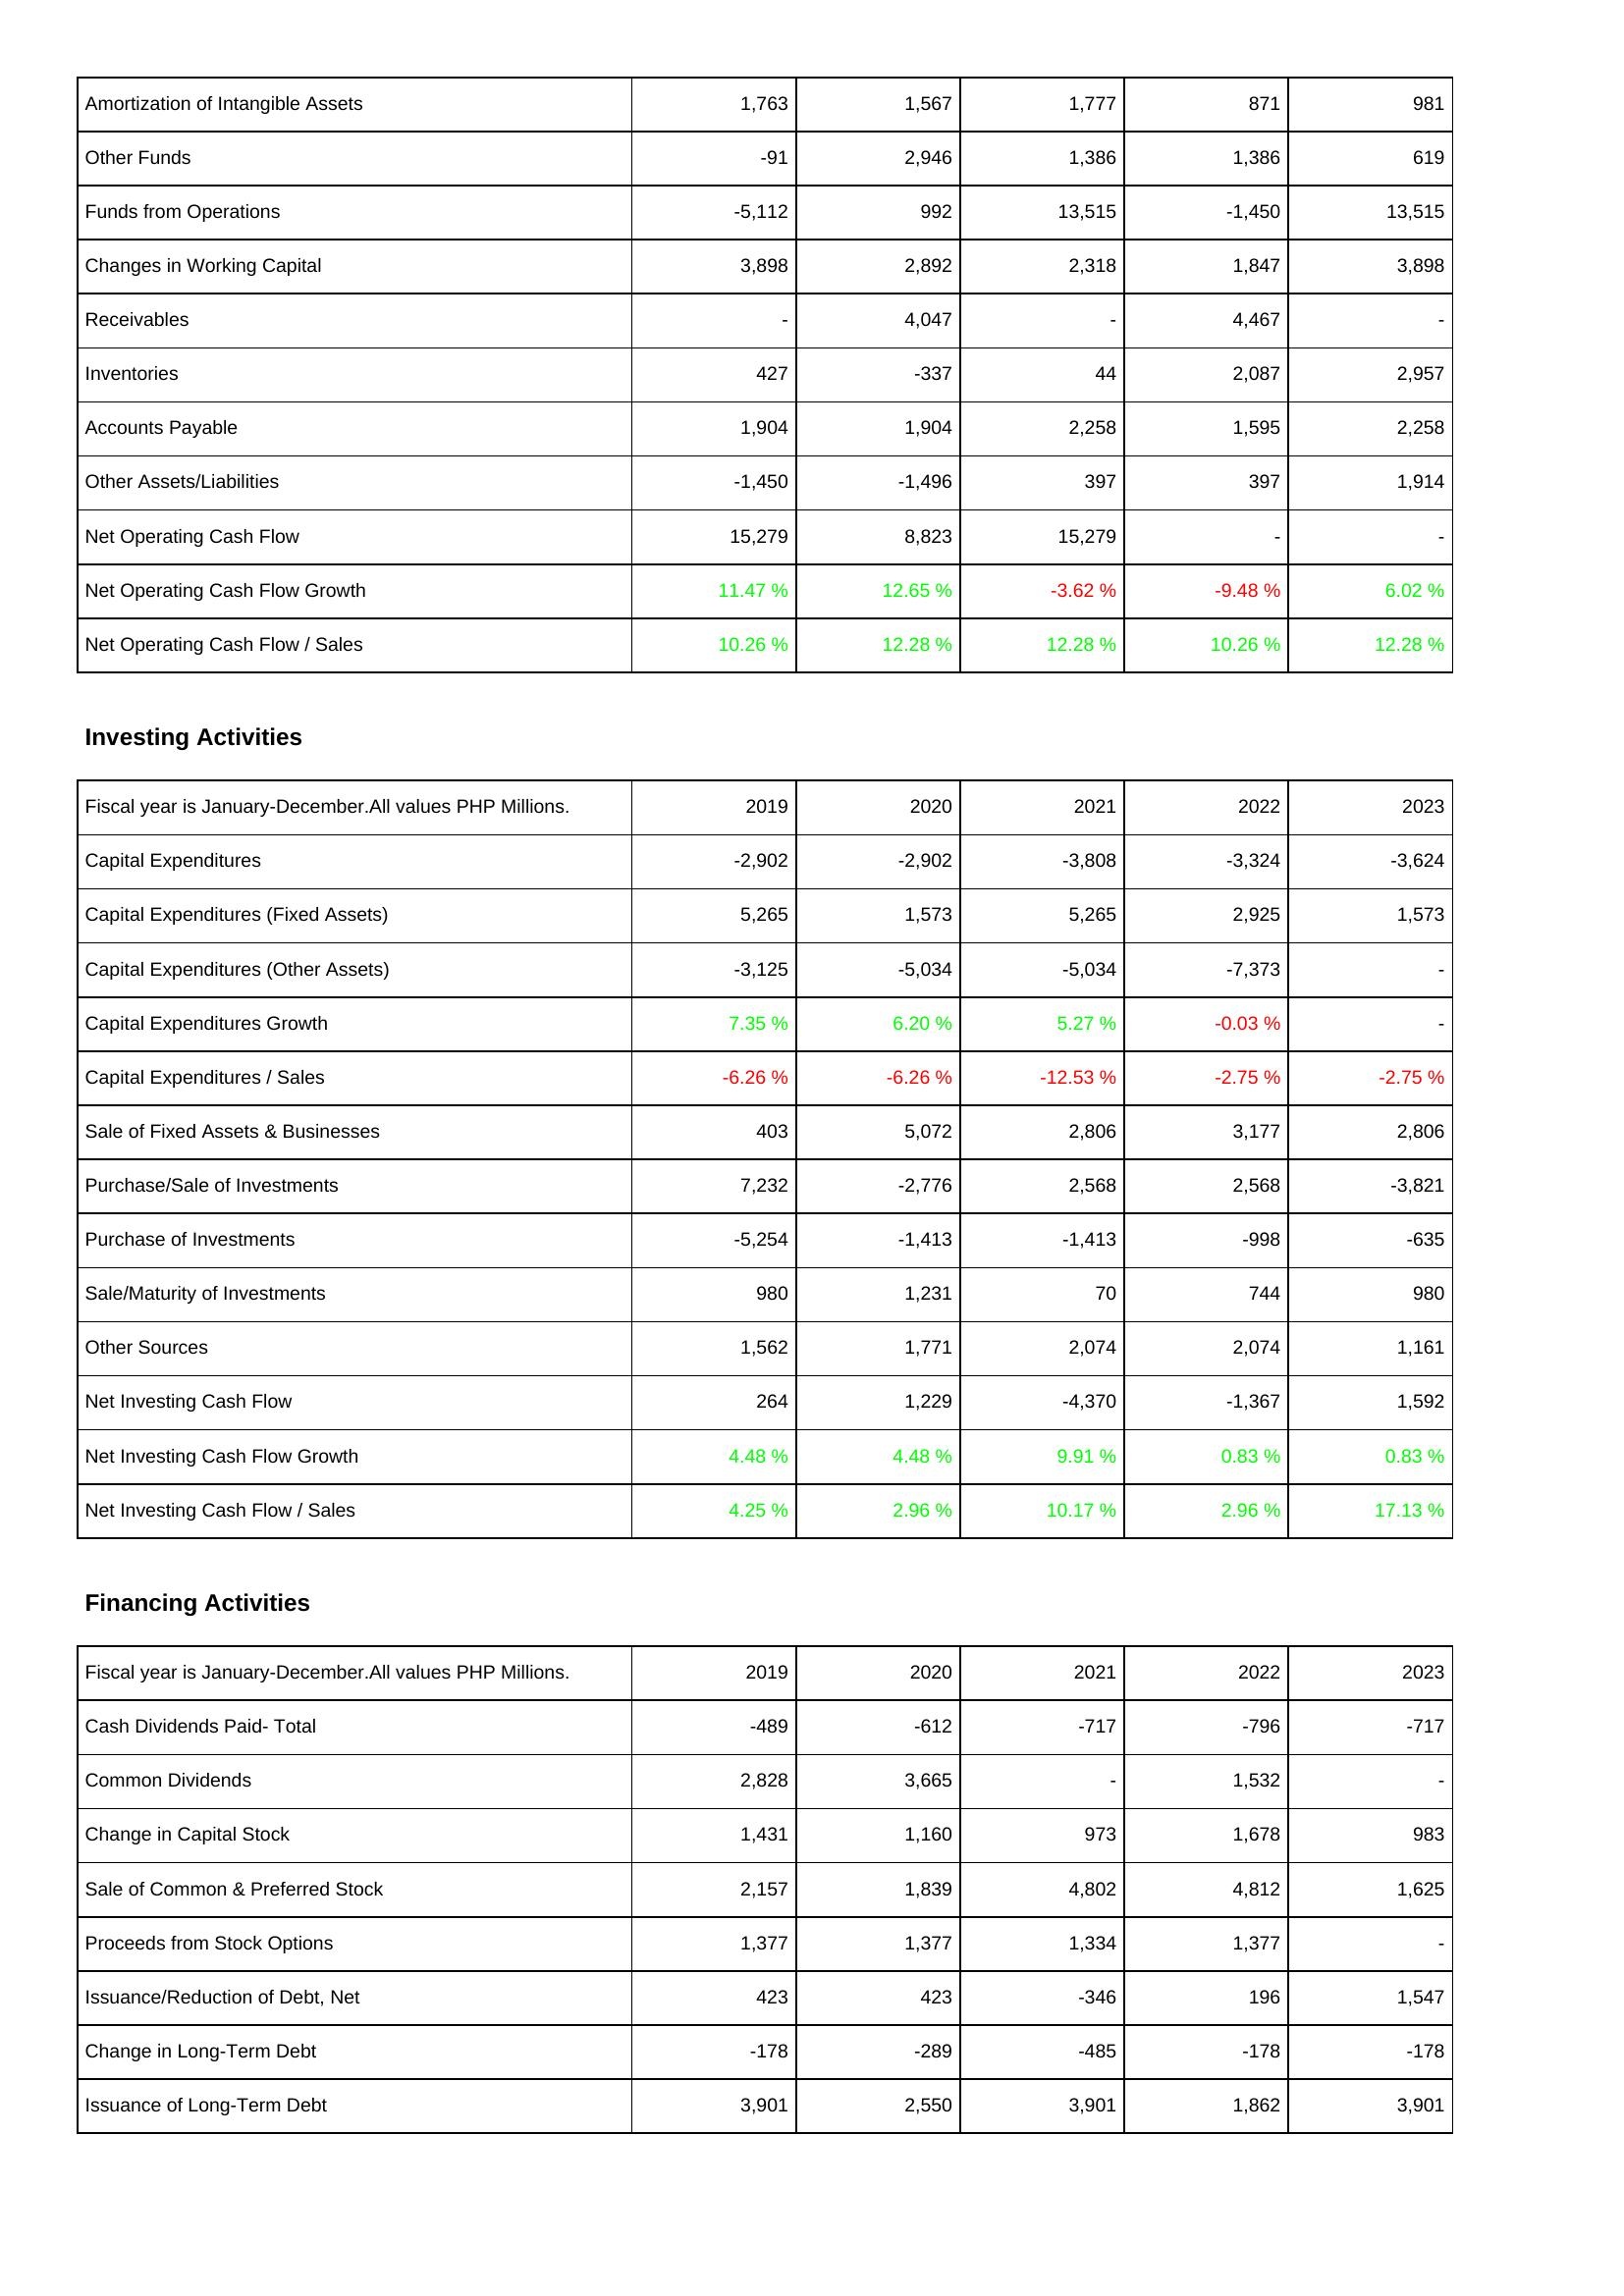
2019: Operating Activities: Amortization of Intangible Assets: 1,763
Other Funds: -91
Funds from Operations: -5,112
Changes in Working Capital: 3,898
Receivables: -
Inventories: 427
Accounts Payable: 1,904
Other Assets/Liabilities: -1,450
Net Operating Cash Flow: 15,279
Net Operating Cash Flow Growth: 11.47 %
Net Operating Cash Flow / Sales: 10.26 %
Investing Activities: Capital Expenditures: -2,902
Capital Expenditures (Fixed Assets): 5,265
Capital Expenditures (Other Assets): -3,125
Capital Expenditures Growth: 7.35 %
Capital Expenditures / Sales: -6.26 %
Sale of Fixed Assets & Businesses: 403
Purchase/Sale of Investments: 7,232
Purchase of Investments: -5,254
Sale/Maturity of Investments: 980
Other Sources: 1,562
Net Investing Cash Flow: 264
Net Investing Cash Flow Growth: 4.48 %
Net Investing Cash Flow / Sales: 4.25 %
Financing Activities: Cash Dividends Paid- Total: -489
Common Dividends: 2,828
Change in Capital Stock: 1,431
Sale of Common & Preferred Stock: 2,157
Proceeds from Stock Options: 1,377
Issuance/Reduction of Debt, Net: 423
Change in Long-Term Debt: -178
Issuance of Long-Term Debt: 3,901
2020: Operating Activities: Amortization of Intangible Assets: 1,567
Other Funds: 2,946
Funds from Operations: 992
Changes in Working Capital: 2,892
Receivables: 4,047
Inventories: -337
Accounts Payable: 1,904
Other Assets/Liabilities: -1,496
Net Operating Cash Flow: 8,823
Net Operating Cash Flow Growth: 12.65 %
Net Operating Cash Flow / Sales: 12.28 %
Investing Activities: Capital Expenditures: -2,902
Capital Expenditures (Fixed Assets): 1,573
Capital Expenditures (Other Assets): -5,034
Capital Expenditures Growth: 6.20 %
Capital Expenditures / Sales: -6.26 %
Sale of Fixed Assets & Businesses: 5,072
Purchase/Sale of Investments: -2,776
Purchase of Investments: -1,413
Sale/Maturity of Investments: 1,231
Other Sources: 1,771
Net Investing Cash Flow: 1,229
Net Investing Cash Flow Growth: 4.48 %
Net Investing Cash Flow / Sales: 2.96 %
Financing Activities: Cash Dividends Paid- Total: -612
Common Dividends: 3,665
Change in Capital Stock: 1,160
Sale of Common & Preferred Stock: 1,839
Proceeds from Stock Options: 1,377
Issuance/Reduction of Debt, Net: 423
Change in Long-Term Debt: -289
Issuance of Long-Term Debt: 2,550
2021: Operating Activities: Amortization of Intangible Assets: 1,777
Other Funds: 1,386
Funds from Operations: 13,515
Changes in Working Capital: 2,318
Receivables: -
Inventories: 44
Accounts Payable: 2,258
Other Assets/Liabilities: 397
Net Operating Cash Flow: 15,279
Net Operating Cash Flow Growth: -3.62 %
Net Operating Cash Flow / Sales: 12.28 %
Investing Activities: Capital Expenditures: -3,808
Capital Expenditures (Fixed Assets): 5,265
Capital Expenditures (Other Assets): -5,034
Capital Expenditures Growth: 5.27 %
Capital Expenditures / Sales: -12.53 %
Sale of Fixed Assets & Businesses: 2,806
Purchase/Sale of Investments: 2,568
Purchase of Investments: -1,413
Sale/Maturity of Investments: 70
Other Sources: 2,074
Net Investing Cash Flow: -4,370
Net Investing Cash Flow Growth: 9.91 %
Net Investing Cash Flow / Sales: 10.17 %
Financing Activities: Cash Dividends Paid- Total: -717
Common Dividends: -
Change in Capital Stock: 973
Sale of Common & Preferred Stock: 4,802
Proceeds from Stock Options: 1,334
Issuance/Reduction of Debt, Net: -346
Change in Long-Term Debt: -485
Issuance of Long-Term Debt: 3,901
2022: Operating Activities: Amortization of Intangible Assets: 871
Other Funds: 1,386
Funds from Operations: -1,450
Changes in Working Capital: 1,847
Receivables: 4,467
Inventories: 2,087
Accounts Payable: 1,595
Other Assets/Liabilities: 397
Net Operating Cash Flow: -
Net Operating Cash Flow Growth: -9.48 %
Net Operating Cash Flow / Sales: 10.26 %
Investing Activities: Capital Expenditures: -3,324
Capital Expenditures (Fixed Assets): 2,925
Capital Expenditures (Other Assets): -7,373
Capital Expenditures Growth: -0.03 %
Capital Expenditures / Sales: -2.75 %
Sale of Fixed Assets & Businesses: 3,177
Purchase/Sale of Investments: 2,568
Purchase of Investments: -998
Sale/Maturity of Investments: 744
Other Sources: 2,074
Net Investing Cash Flow: -1,367
Net Investing Cash Flow Growth: 0.83 %
Net Investing Cash Flow / Sales: 2.96 %
Financing Activities: Cash Dividends Paid- Total: -796
Common Dividends: 1,532
Change in Capital Stock: 1,678
Sale of Common & Preferred Stock: 4,812
Proceeds from Stock Options: 1,377
Issuance/Reduction of Debt, Net: 196
Change in Long-Term Debt: -178
Issuance of Long-Term Debt: 1,862
2023: Operating Activities: Amortization of Intangible Assets: 981
Other Funds: 619
Funds from Operations: 13,515
Changes in Working Capital: 3,898
Receivables: -
Inventories: 2,957
Accounts Payable: 2,258
Other Assets/Liabilities: 1,914
Net Operating Cash Flow: -
Net Operating Cash Flow Growth: 6.02 %
Net Operating Cash Flow / Sales: 12.28 %
Investing Activities: Capital Expenditures: -3,624
Capital Expenditures (Fixed Assets): 1,573
Capital Expenditures (Other Assets): -
Capital Expenditures Growth: -
Capital Expenditures / Sales: -2.75 %
Sale of Fixed Assets & Businesses: 2,806
Purchase/Sale of Investments: -3,821
Purchase of Investments: -635
Sale/Maturity of Investments: 980
Other Sources: 1,161
Net Investing Cash Flow: 1,592
Net Investing Cash Flow Growth: 0.83 %
Net Investing Cash Flow / Sales: 17.13 %
Financing Activities: Cash Dividends Paid- Total: -717
Common Dividends: -
Change in Capital Stock: 983
Sale of Common & Preferred Stock: 1,625
Proceeds from Stock Options: -
Issuance/Reduction of Debt, Net: 1,547
Change in Long-Term Debt: -178
Issuance of Long-Term Debt: 3,901